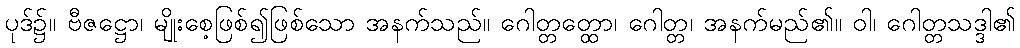
ပုဒ်၌။ ဗီဇဋ္ဌော၊ မျိုးစေ့ဖြစ်၍ဖြစ်သော အနက်သည်။ ဂေါတ္တတ္ထော၊ ဂေါတ္တ၊ အနက်မည်၏။ ဝါ၊ ဂေါတ္တသဒ္ဒါ၏